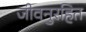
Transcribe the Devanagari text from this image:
जीवनुरहित